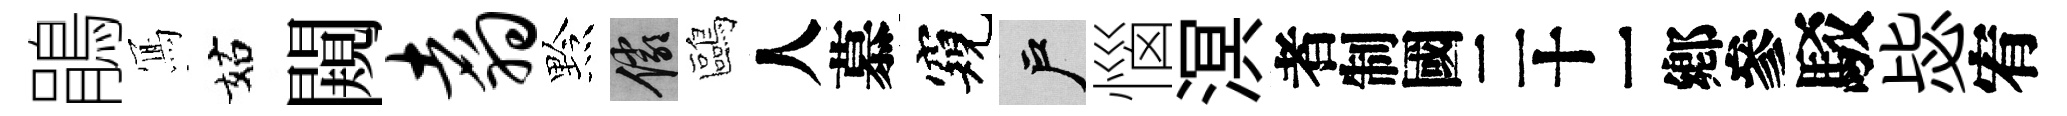
鵑𭂁姑闚翥黔儼鷗人慕窺户惱溟识駁毖宥